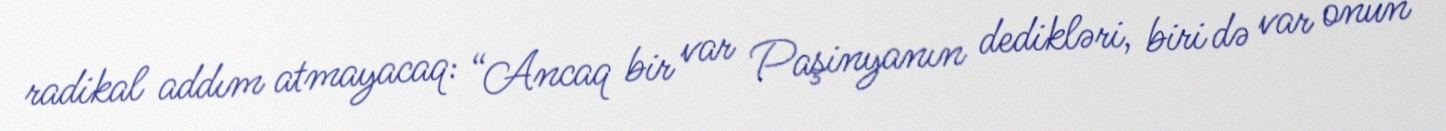
radikal addım atmayacaq: “Ancaq bir var Paşinyanın dedikləri, biri də var onun